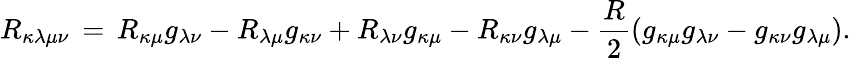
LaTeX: R_{\kappa\lambda\mu\nu}\, =\, R_{\kappa\mu}g_{\lambda\nu}-R_{\lambda\mu}g_{\kappa\nu}+R_{\lambda\nu}g_{\kappa\mu}-R_{\kappa\nu}g_{\lambda\mu}-\frac{R}{2}\left(g_{\kappa\mu}g_{\lambda\nu}-g_{\kappa\nu}g_{\lambda\mu}\right).